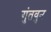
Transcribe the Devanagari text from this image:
गुंतवुन